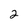
Character: 2